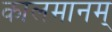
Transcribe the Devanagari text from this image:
कालमानम्